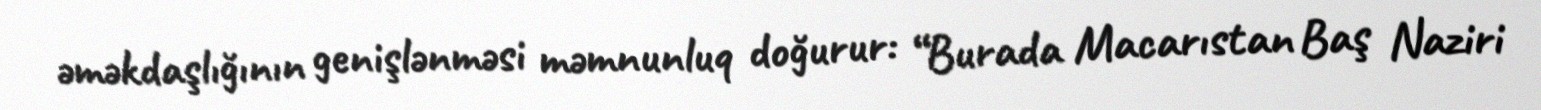
əməkdaşlığının genişlənməsi məmnunluq doğurur: “Burada Macarıstan Baş Naziri